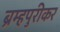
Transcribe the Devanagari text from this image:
ब्रम्हपुरीकर